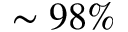
\sim 9 8 \%